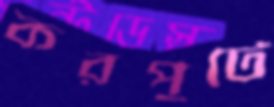
করপুটে